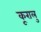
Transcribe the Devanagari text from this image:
कूरालु